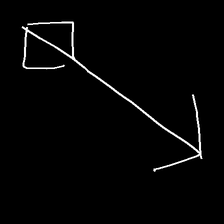
Glyph: focus